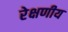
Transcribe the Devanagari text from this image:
रेक्षणीय